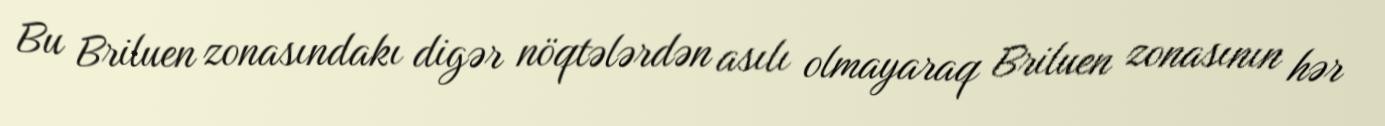
Bu Briluen zonasındakı digər nöqtələrdən asılı olmayaraq Briluen zonasının hər